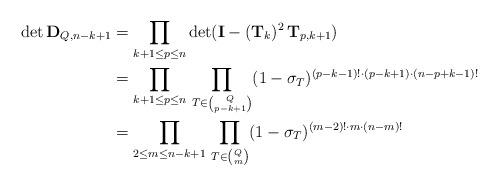
LaTeX: \begin{align*}\det{\mathbf{D}}_{Q,n-k+1} &= \prod_{k+1 \le p\le n} \det({\mathbf{I}}-({\mathbf{T}}_{k})^{2}\, {\mathbf{T}}_{p,k+1})\\ &= \prod_{k+1 \le p\le n}\, \prod_{T\in {Q \choose p-k+1}} (1-\sigma_T)^{(p-k-1)!\cdot (p-k+1)\cdot (n-p+k-1)!}\\&= \prod_{2 \le m\le n-k+1}\, \prod_{T\in {Q \choose m}} (1-\sigma_T)^{(m-2)!\cdot m\cdot (n-m)!}\end{align*}